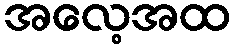
အလေ့အထ